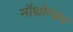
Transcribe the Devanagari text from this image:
नॉथोम्बम